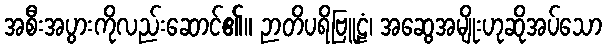
အစီးအပွားကိုလည်းဆောင်၏။ ဉာတိပရိဗြူဠံ၊ အဆွေအမျိုးဟုဆိုအပ်သော